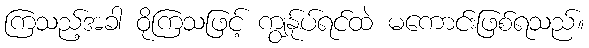
ကြသည့်အခါ ဝိုကြသဖြင့် ကျွန်ုပ်ရင်ထဲ မကောင်းဖြစ်ရသည်။